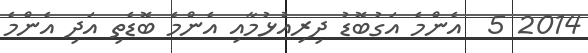
2014 5  އެންމެ އަގުބޮޑު ދިރިއުޅުމާއި އެންމެ ބޮޑެތި އަދި އެންމެ